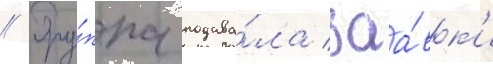
// Гру́ппа подава́ла заа́вк'и